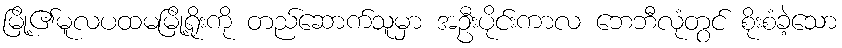
မြို့၏မူလပထမမြို့ရိုးကို တည်ဆောက်သူမှာ အဦးပိုင်းကာလ ဘေဘီလုံတွင် စိုးစံခဲ့သော